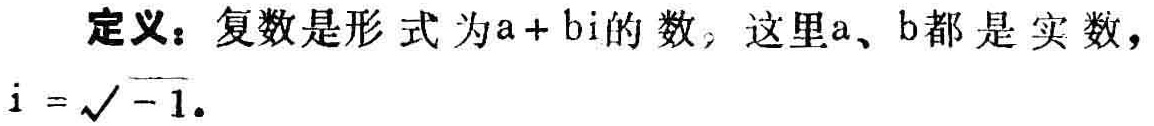
定义：复数是形式为\(a + bi\)的数，这里\(a\)、\(b\)都是实数，\(i = \sqrt{-1}\)。